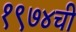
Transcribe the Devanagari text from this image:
१९७४ची